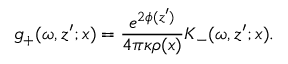
g _ { + } ( \omega , z ^ { \prime } ; x ) = \frac { e ^ { 2 \phi ( z ^ { \prime } ) } } { 4 \pi \kappa \rho ( x ) } K _ { - } ( \omega , z ^ { \prime } ; x ) .